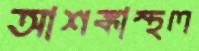
আশঙ্কাস্থল